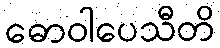
ဓောဝါပေသီတိ